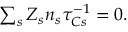
\begin{array} { r } { \sum _ { s } Z _ { s } n _ { s } \tau _ { C s } ^ { - 1 } = 0 . } \end{array}